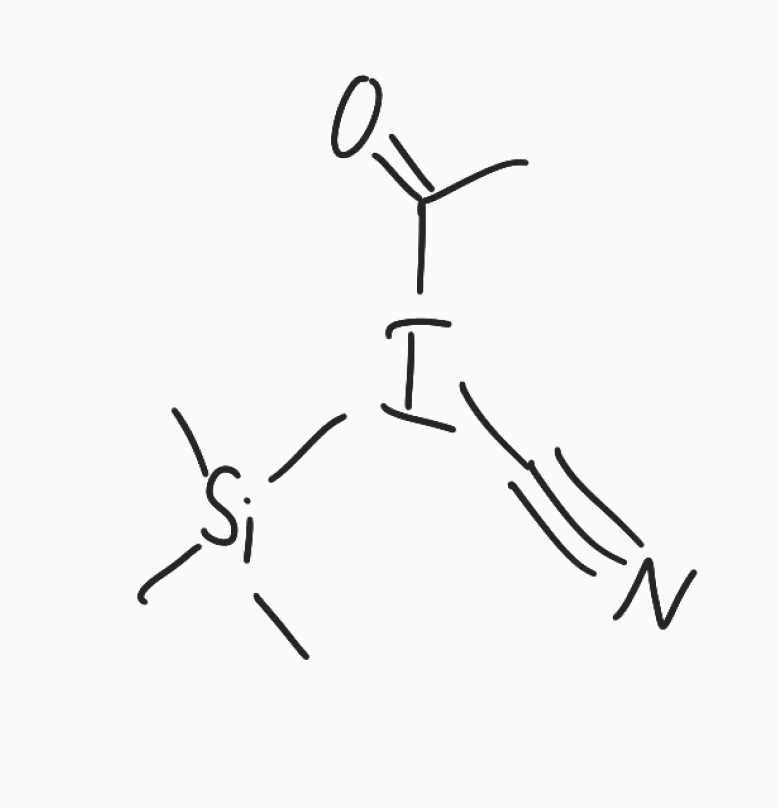
Simplified molecular-input line-entry system (SMILES) notation of the given molecule:
CC(=O)I(C#N)[Si](C)(C)C